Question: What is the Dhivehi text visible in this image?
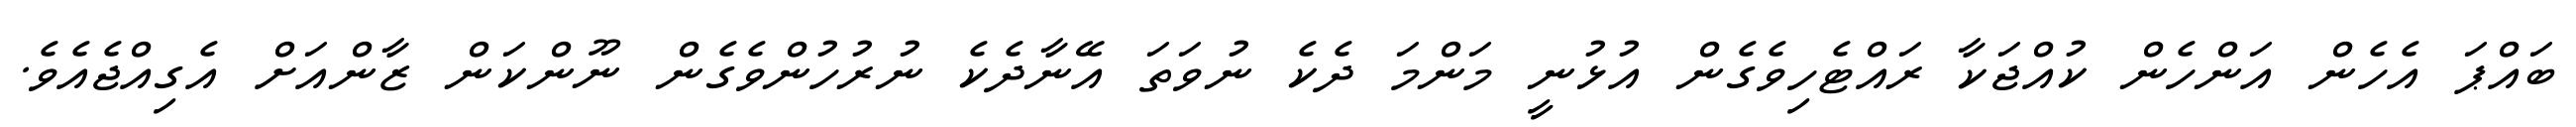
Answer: ބައްޕަ އެހެން އަންހެން ކުއްޖަކާ ރައްޓެހިވެގެން އުޅުނީ މަންމަ ދެކެ ނުވަތަ އޭނާދެކެ ނުރުހުންވެގެން ނޫންކަން ޒާންއަށް އެގިއްޖެއެވެ.